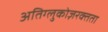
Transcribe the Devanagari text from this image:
अतिग्लुकोज़रक्तता